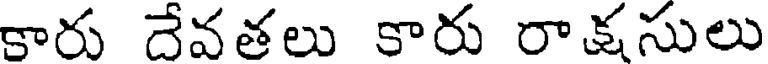
కారు దేవతలు కారు రాక్షసులు